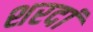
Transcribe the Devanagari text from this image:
शरदां